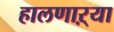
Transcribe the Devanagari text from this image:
हालणाऱ्या